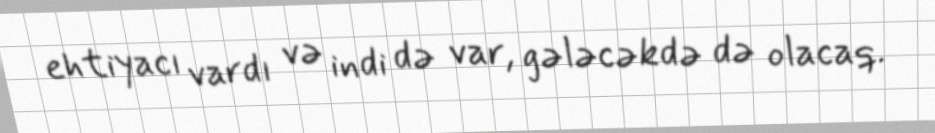
ehtiyacı vardı və indi də var, gələcəkdə də olacaq.